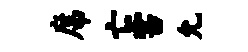
席亡害允